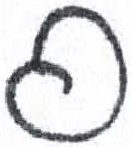
אות: פ